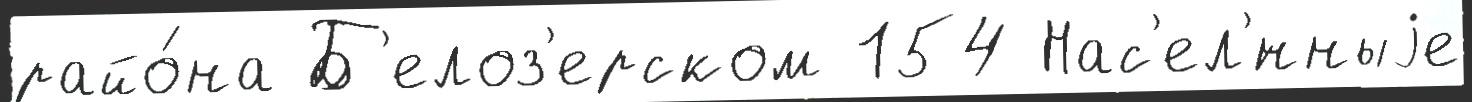
райо́на Б'елоз'ерском 154 Нас'ел'́нныjе